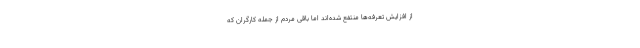
از افزایش تعرفه‌ها منتفع شده‌اند اما باقی مردم از جمله کارگران که